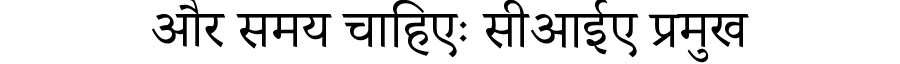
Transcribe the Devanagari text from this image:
और समय चाहिएः सीआईए प्रमुख